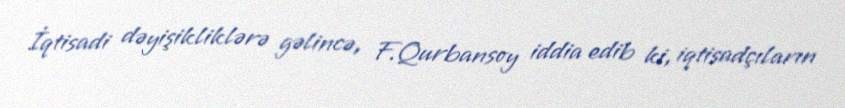
İqtisadi dəyişikliklərə gəlincə, F.Qurbansoy iddia edib ki, iqtisadçıların